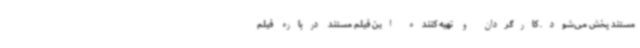
مستند پخش می‌شود. کارگردان و تهیه کننده این فیلم مستند درباره فیلم